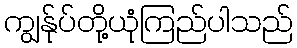
ကျွန်ုပ်တို့ယုံကြည်ပါသည်